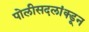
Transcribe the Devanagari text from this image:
पोलीसदलांक्डून